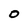
Character: O